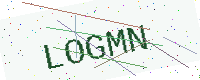
Text: LOGMN